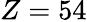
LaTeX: Z=54